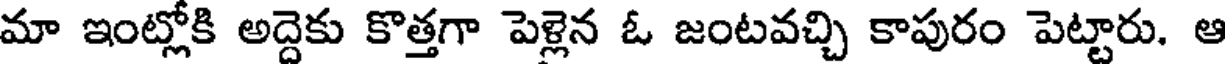
మా ఇంట్లోకి అద్దెకు కొత్తగా పెళ్లెన ఓ జంటవచ్చి కాపురం పెట్టారు. ఆ